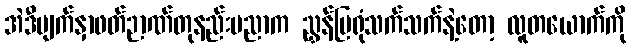
အဲဒီမျက်နှာဖတ်ဉာဏ်တုနည်းပညာက ညွှန်ပြရုံသက်သက်နဲ့တော့ လူတယောက်ကို